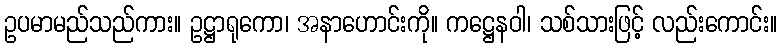
ဥပမာမည်သည်ကား။ ဥဋ္ဌာရုကော၊ အနာဟောင်းကို။ ကဋ္ဌေနဝါ၊ သစ်သားဖြင့် လည်းကောင်း။